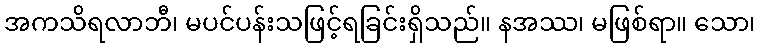
အကသိရလာဘီ၊ မပင်ပန်းသဖြင့်ရခြင်းရှိသည်။ နအဿ၊ မဖြစ်ရာ။ သော၊